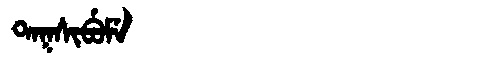
Manchu: ᡨᠠᡴᠰᡳᠪᡠᠮᡝ
Romanization: TAKSIBUME